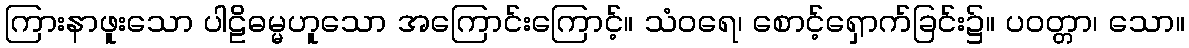
ကြားနာဖူးသော ပါဠိဓမ္မဟူသော အကြောင်းကြောင့်။ သံဝရေ၊ စောင့်ရှောက်ခြင်း၌။ ပဝတ္တာ၊ သော။